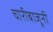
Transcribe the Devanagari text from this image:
चारीबाजूनी